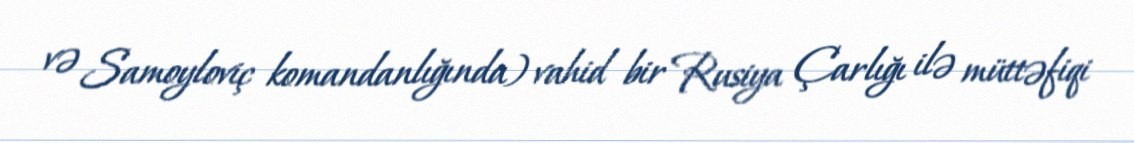
və Samoyloviç komandanlığında) vahid bir Rusiya Çarlığı ilə müttəfiqi